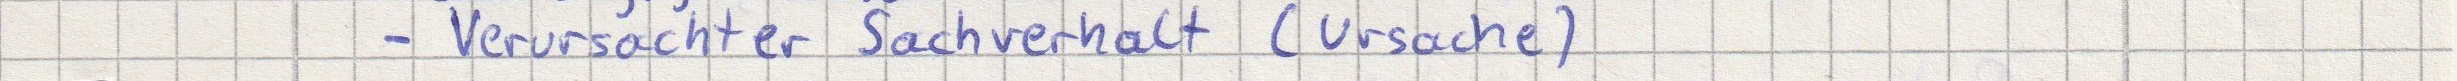
- Verursachter Sachverhalt (Ursache)